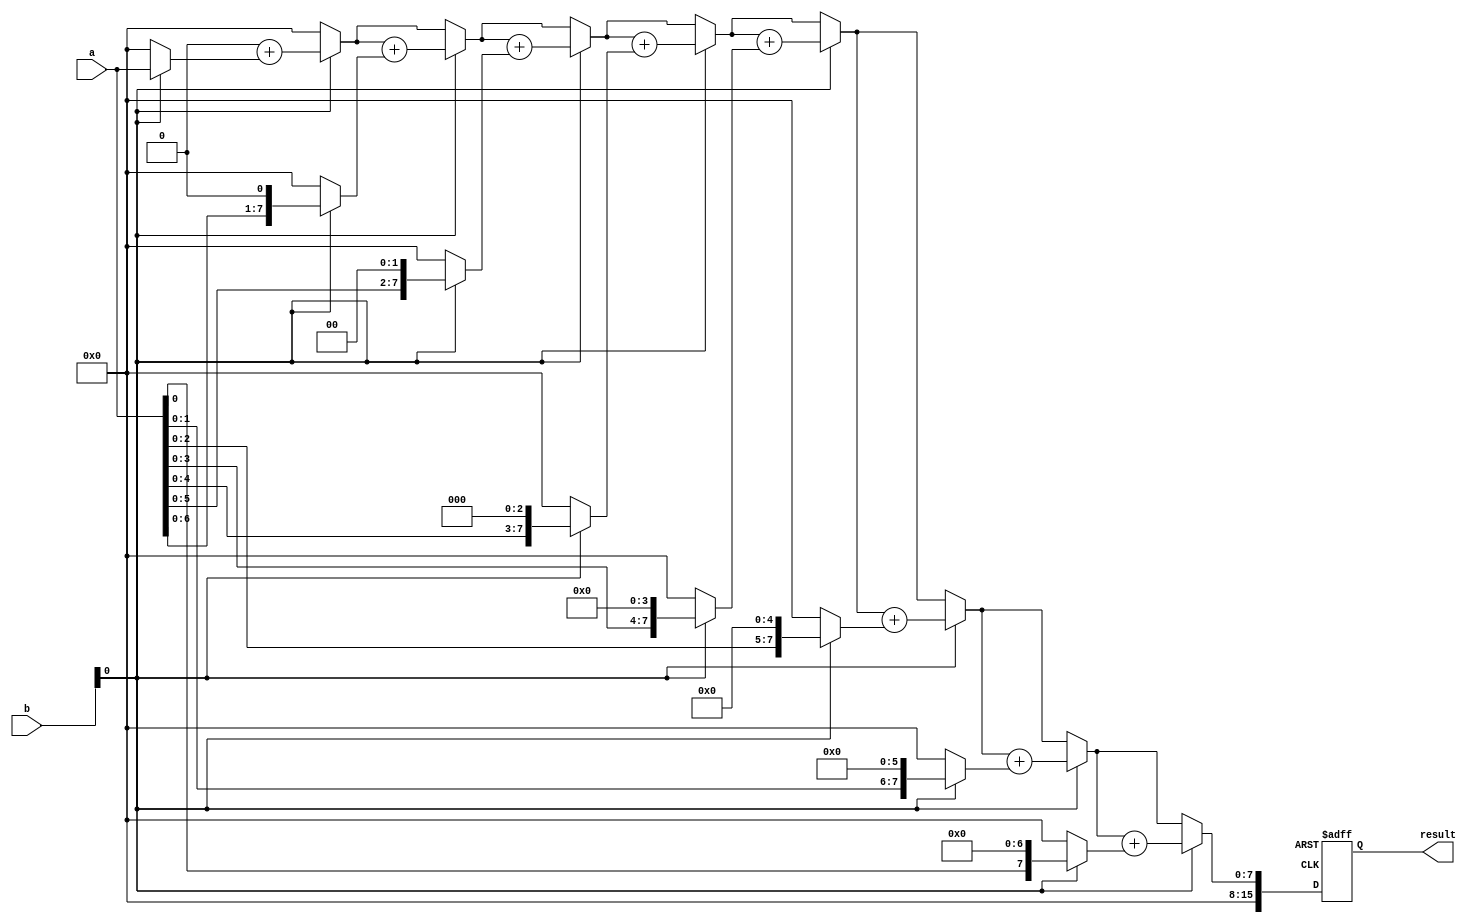
module booth_multiplier(
    input wire [7:0] a,
    input wire [7:0] b,
    output reg [15:0] result
);
    
reg [7:0] partial_products[7:0];
reg [7:0] sum;
reg [3:0] index;

always @* begin
    // Generate partial products
    for (index = 0; index < 8; index = index + 1) begin
        if (b[0] == 0) begin
            partial_products[index] = 8'b00000000;
        end else begin
            partial_products[index] = a << index;
        end
    end
    
    // Perform conditional addition
    sum = 8'b00000000;
    for (index = 0; index < 8; index = index + 1) begin
        if (b[0] == 1) begin
            sum = sum + partial_products[index];
        end
    end
end

always @(posedge clk or posedge reset) begin
    if (reset) begin
        result <= 16'h0000;
    end else begin
        result <= sum;
    end
end

endmodule